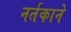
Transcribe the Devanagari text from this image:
नर्तकाने